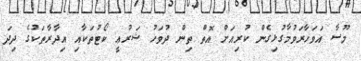
މޫސާ އަވަހާރަވުމާގުޅިގެން ކުރިއަށް އޮތް ތިން ދުވަހު ޝަރުޢީ ކޯޓުތަކާއި އިދާރާތަކުގެ ދިދަ